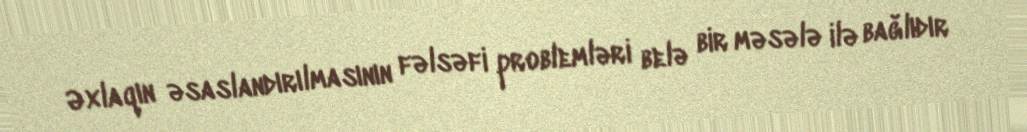
Əxlaqın əsaslandırılmasının fəlsəfi problemləri belə bir məsələ ilə bağlıdır